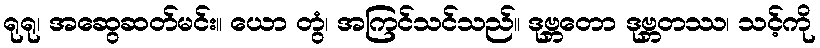
ရုရု၊ အဆွေဆတ်မင်း။ ယော တွံ၊ အကြင်သင်သည်။ ဒုဗ္ဘတော ဒုဗ္ဘတဿ၊ သင့်ကို